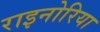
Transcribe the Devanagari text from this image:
राइनोरिया